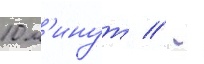
10 м'инут // -